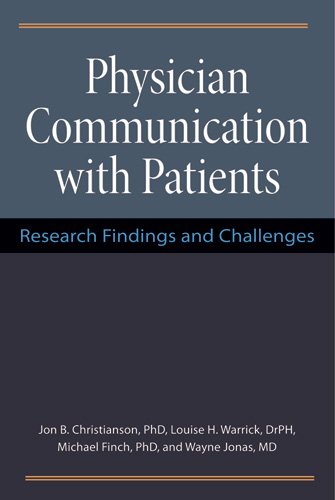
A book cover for Physician Communication with Patients: Research Findings and Challenges; Jon Christianson; Medical Books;